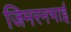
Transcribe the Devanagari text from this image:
जिमरनभाई